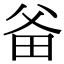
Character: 𤱇